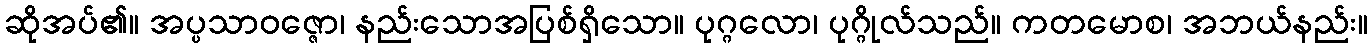
ဆိုအပ်၏။ အပ္ပသာဝဇ္ဇော၊ နည်းသောအပြစ်ရှိသော။ ပုဂ္ဂလော၊ ပုဂ္ဂိုလ်သည်။ ကတမောစ၊ အဘယ်နည်း။